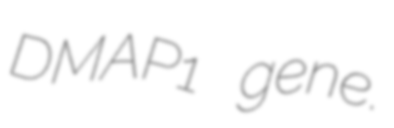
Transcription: DMAP1 gene.